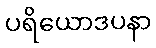
ပရိယောဒပနာ